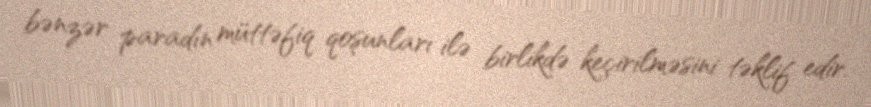
bənzər paradın müttəfiq qoşunları ilə birlikdə keçirilməsini təklif edir.